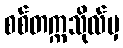
စစ်တက္ကသိုလ်မှ